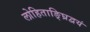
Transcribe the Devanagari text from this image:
लोहिताङ्घ्रिद्वयं